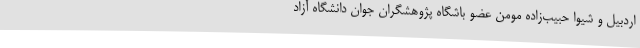
اردبیل و شیوا حبیب‌زاده مومن عضو باشگاه پژوهشگران جوان دانشگاه آزاد